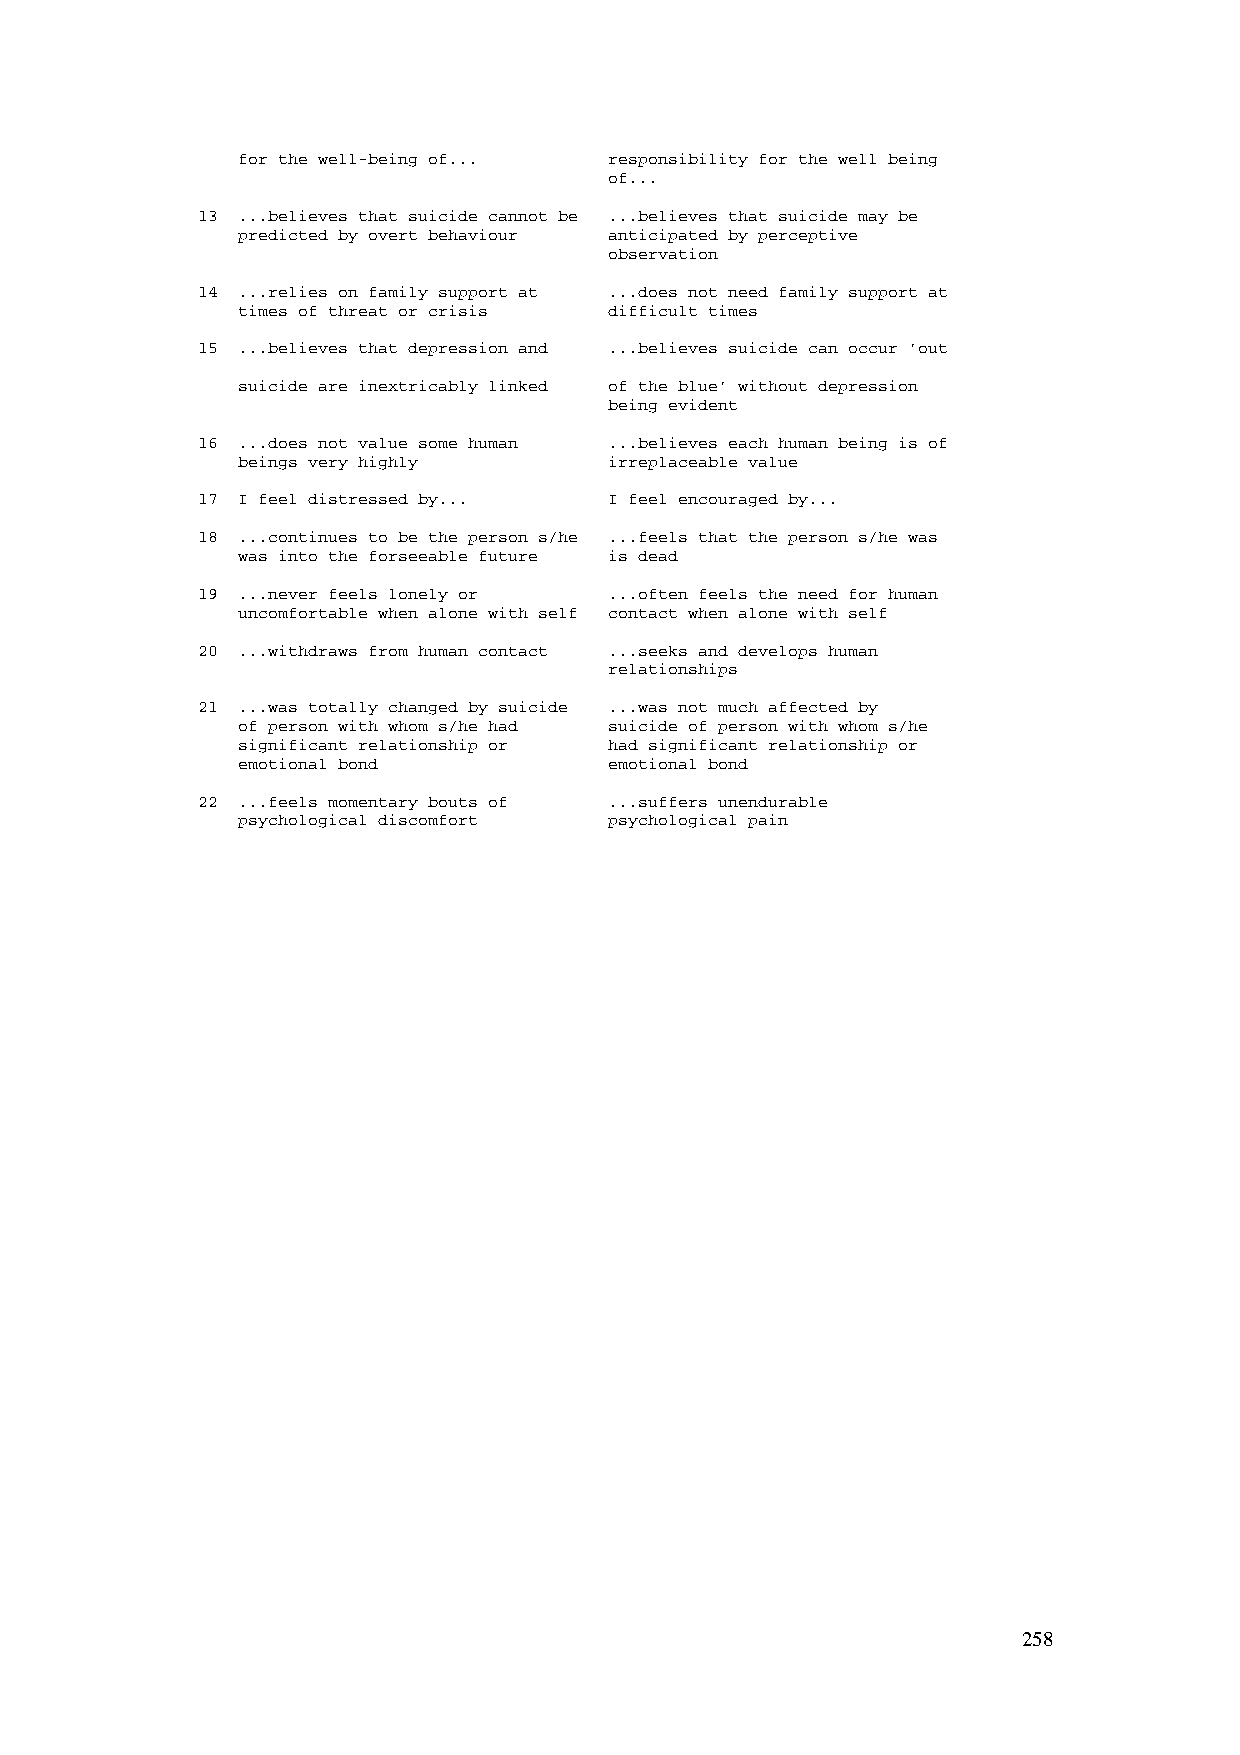
for the well-being of... responsibility for the well being
 of...
 13 ...believes that suicide cannot be ...believes that suicide may be
 predicted by overt behaviour anticipated by perceptive
 observation
 14 ...relies on family support at ...does not need family support at
 times of threat or crisis difficult times
 15 ...believes that depression and ...believes suicide can occur 'out
 suicide are inextricably linked of the blue' without depression
 being evident
 16 ...does not value some human ...believes each human being is of
 beings very highly      irreplaceable value
 17 I feel distressed by... I feel encouraged by...
 18 ...continues to be the person s/he ...feels that the person s/he was
 was into the forseeable future is dead
 19 ...never feels lonely or ...often feels the need for human
 uncomfortable when alone with self contact when alone with self
 20 ...withdraws from human contact ...seeks and develops human
 relationships
 21 ...was totally changed by suicide ...was not much affected by
 of person with whom s/he had suicide of person with whom s/he
 significant relationship or had significant relationship or
 emotional bond          emotional bond
 22 ...feels momentary bouts of ...suffers unendurable
 psychological discomfort psychological pain
 258